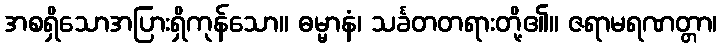
အစရှိသောအပြားရှိကုန်သော။ ဓမ္မာနံ၊ သင်္ခတတရားတို့၏။ ဇရာမရဏတ္တာ၊